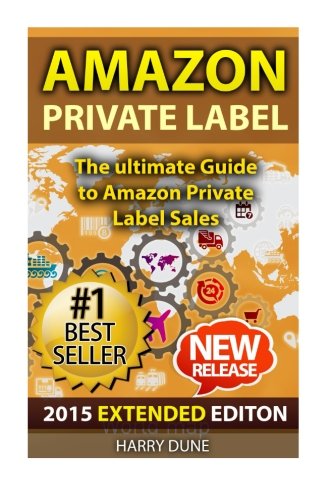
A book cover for Amazon Private Label: The Ultimate FBA Guide to Amazon Private Label Sales; Harry Dune; Business & Money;